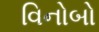
વિનોબો